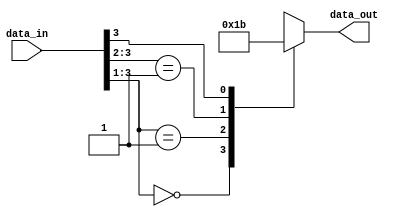
module behavioral_modeling_block(
    input [3:0] data_in,
    output reg [1:0] data_out
);

always @*
begin
    casez(data_in)
        4'b000?: data_out = 2'b00; // if data_in is 000X, data_out is 00
        4'b001?: data_out = 2'b01; // if data_in is 001X, data_out is 01
        4'b01??: data_out = 2'b10; // if data_in is 01XX, data_out is 10
        4'b1???: data_out = 2'b11; // if data_in is 1XXX, data_out is 11
        default: data_out = 2'b00; // default value for data_out
    endcase
end

endmodule